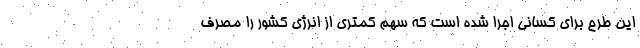
این طرح برای کسانی اجرا شده است که سهم کمتری از انرژی کشور را مصرف